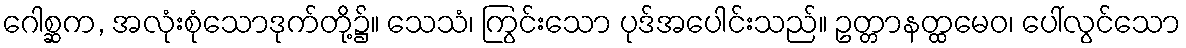
ဂေါစ္ဆက, အလုံးစုံသောဒုက်တို့၌။ သေသံ၊ ကြွင်းသော ပုဒ်အပေါင်းသည်။ ဥတ္တာနတ္ထမေဝ၊ ပေါ်လွင်သော